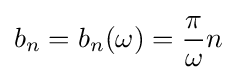
b_{n}=b_{n}(\omega )={\frac {\pi }{\omega }}n